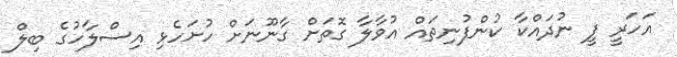
އަހަރީ ފީ ނުދައްކާ ކުންފުނިތައް އުވާލާ ގޮތަށް ގާނޫނަށް ހުށަހެޅި އިސްލާހުގެ ބިލް